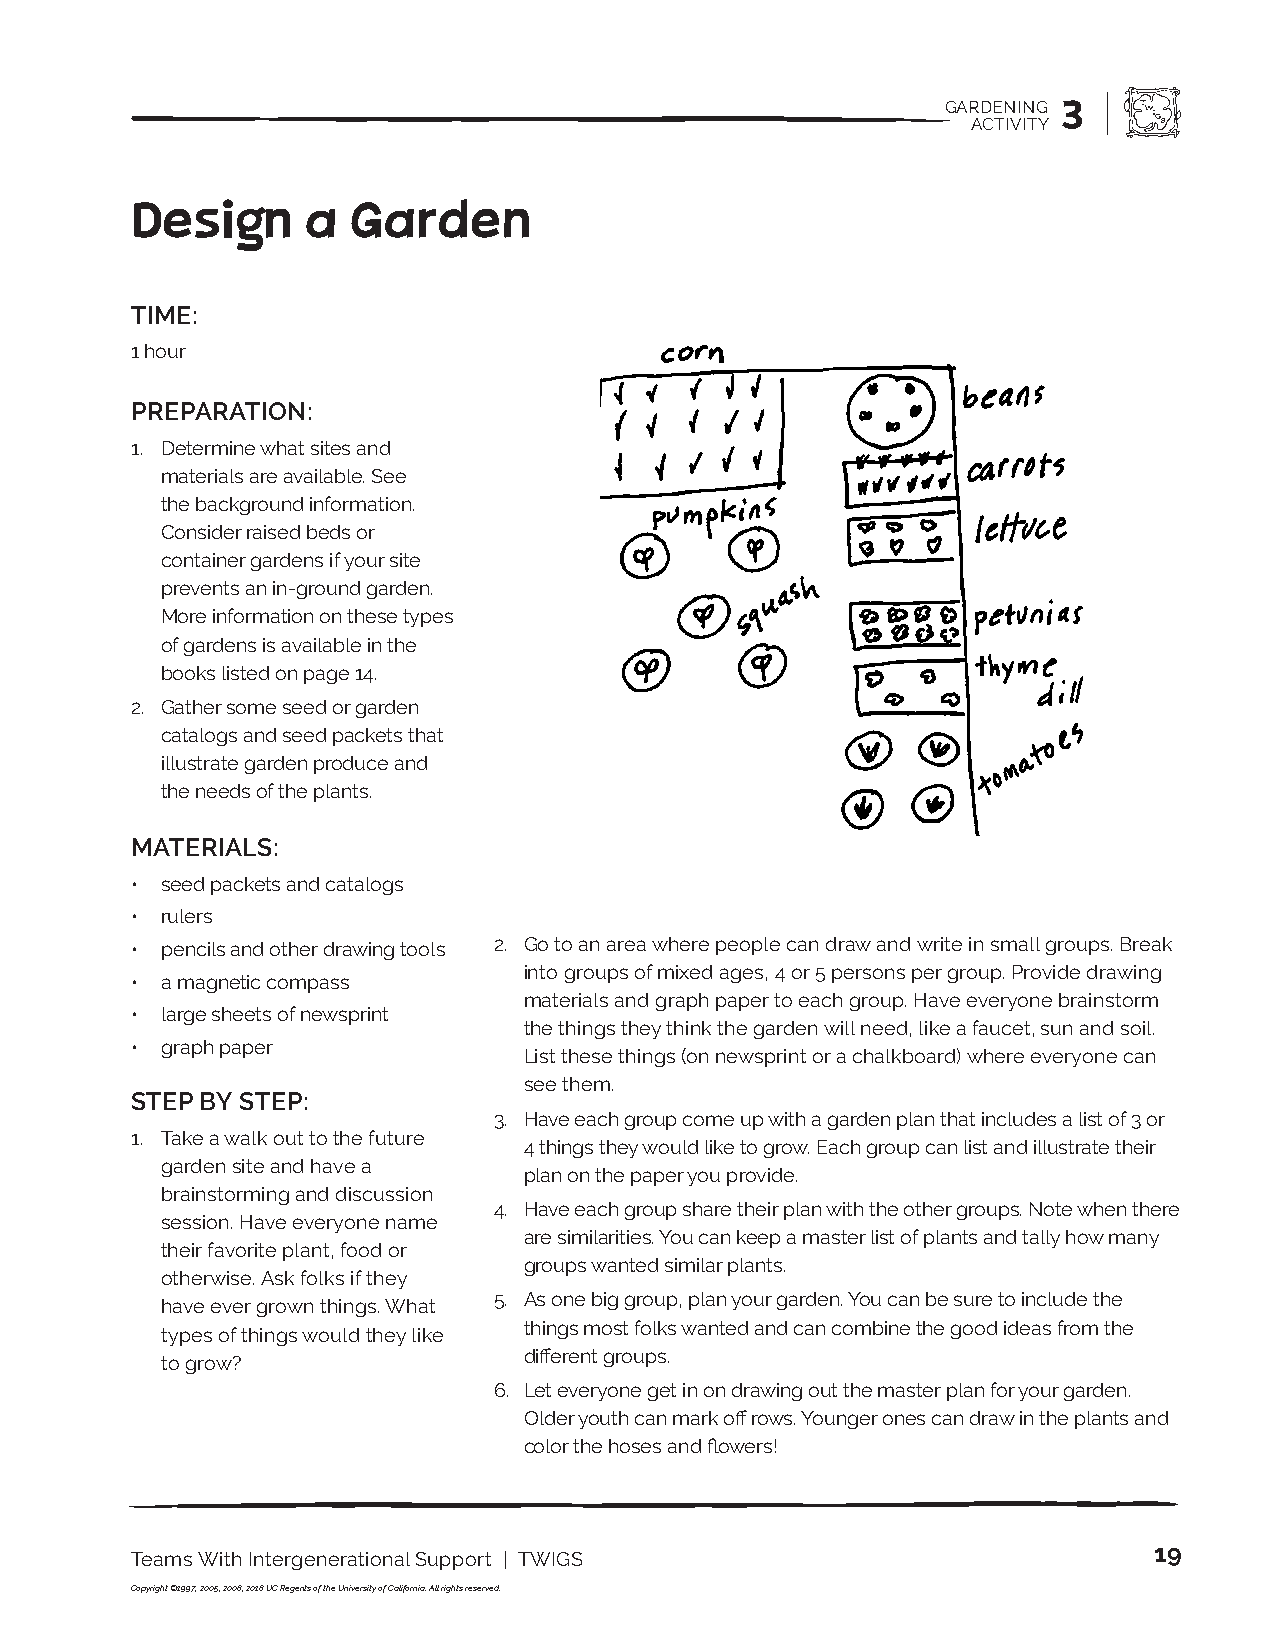
GARDENING 3
 ACTIVITY
 Design     a  Garden
 TIME:
 1 hour
 PREPARATION:
 1. Determine what sites and
 materials are available. See
 the background information.
 Consider raised beds or
 container gardens if your site
 prevents an in-ground garden.
 More information on these types
 of gardens is available in the
 books listed on page 14.
 2. Gather some seed or garden
 catalogs and seed packets that
 illustrate garden produce and
 the needs of the plants.
 MATERIALS:
 • seed packets and catalogs
 • rulers
 • pencils and other drawing tools 2. Go to an area where people can draw and write in small groups. Break
 into groups of mixed ages, 4 or 5 persons per group. Provide drawing
 • a magnetic compass
 materials and graph paper to each group. Have everyone brainstorm
 • large sheets of newsprint
 the things they think the garden will need, like a faucet, sun and soil.
 • graph paper
 List these things (on newsprint or a chalkboard) where everyone can
 see them.
 STEP BY STEP:
 3. Have each group come up with a garden plan that includes a list of 3 or
 1. Take a walk out to the future
 4 things they would like to grow. Each group can list and illustrate their
 garden site and have a
 plan on the paper you provide.
 brainstorming and discussion
 4. Have each group share their plan with the other groups. Note when there
 session. Have everyone name
 are similarities. You can keep a master list of plants and tally how many
 their favorite plant, food or
 groups wanted similar plants.
 otherwise. Ask folks if they
 5. As one big group, plan your garden. You can be sure to include the
 have ever grown things. What
 things most folks wanted and can combine the good ideas from the
 types of things would they like
 different groups.
 to grow?
 6. Let everyone get in on drawing out the master plan for your garden.
 Older youth can mark off rows. Younger ones can draw in the plants and
 color the hoses and flowers!
 19
 Teams With Intergenerational Support | TWIGS
 Copyright ©1997, 2005, 2008, 2018 UC Regents of the University of California. All rights reserved.